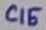
Text: C15